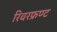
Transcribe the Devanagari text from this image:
रिवरफ्रण्ट